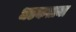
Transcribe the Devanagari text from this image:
धडकताना